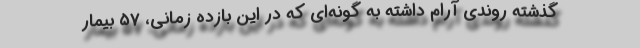
گذشته روندی آرام داشته به گونه‌ای که در این بازده زمانی، ۵۷ بیمار